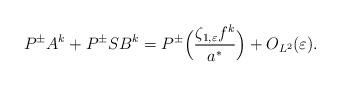
LaTeX: \begin{align*}P^{\pm}A^k+P^{\pm}SB^k=P^{\pm}\Big(\frac{\zeta_{1,\varepsilon}f^k}{a^*}\Big)+O_{L^2}(\varepsilon).\end{align*}